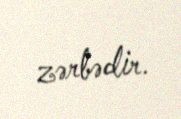
zərbədir.